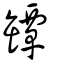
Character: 罈